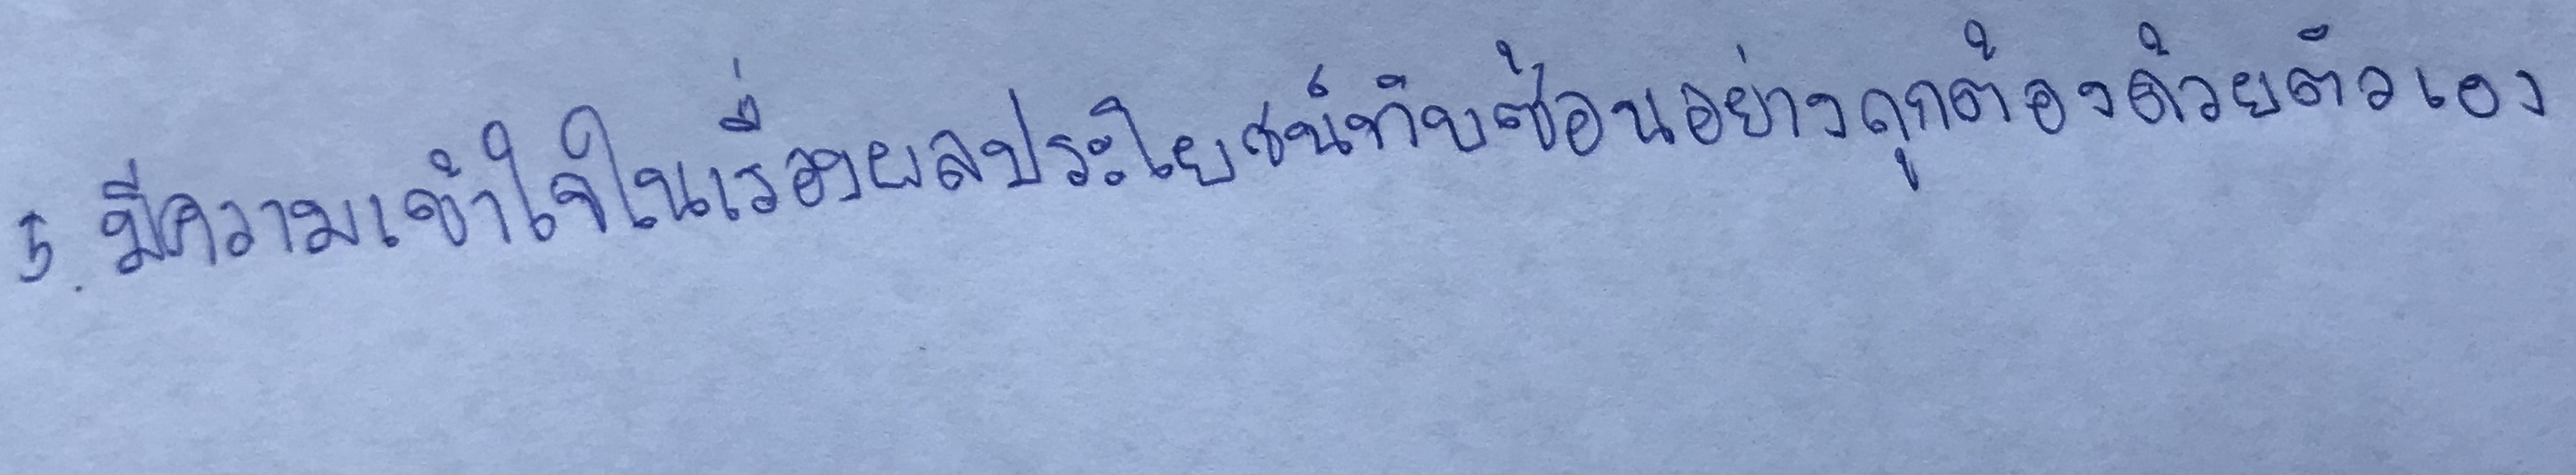
5.มีความเข้าใจในเรื่องผลประโยชน์ทับซ้อนอย่างถูกต้องด้วยตัวเอง